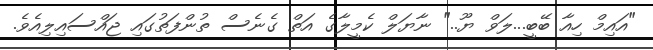
"އައިމް ހިއާ ބޭބީ...ލަވް ޔޫ.." ނާޔަލް ކެމީލާގެ އަތް ގެނެސް ތުންފަތުގައި ޖައްސައިލިއެވެ.